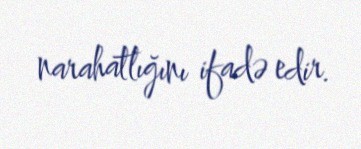
narahatlığını ifadə edir.